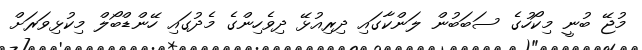
މުޖޭ ބުނީ މިކޯހުގެ ސަބަބުން ލަންކާގައި ދިރިއުޅޭ ދިވެހިންގެ މެދުގައި ހޭންޑްބޯލް މިކުޅިވަރަށް